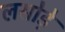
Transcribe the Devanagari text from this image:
लसोडे़